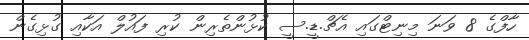
ހާފްގެ 8 ވަނަ މިނިޓްގައި އެޗް.ޑީ.ސީ ކުޅުންތެރިން ކުރި ފައުލް އަކާއި ގުޅިގެން